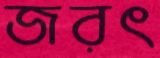
জরৎ